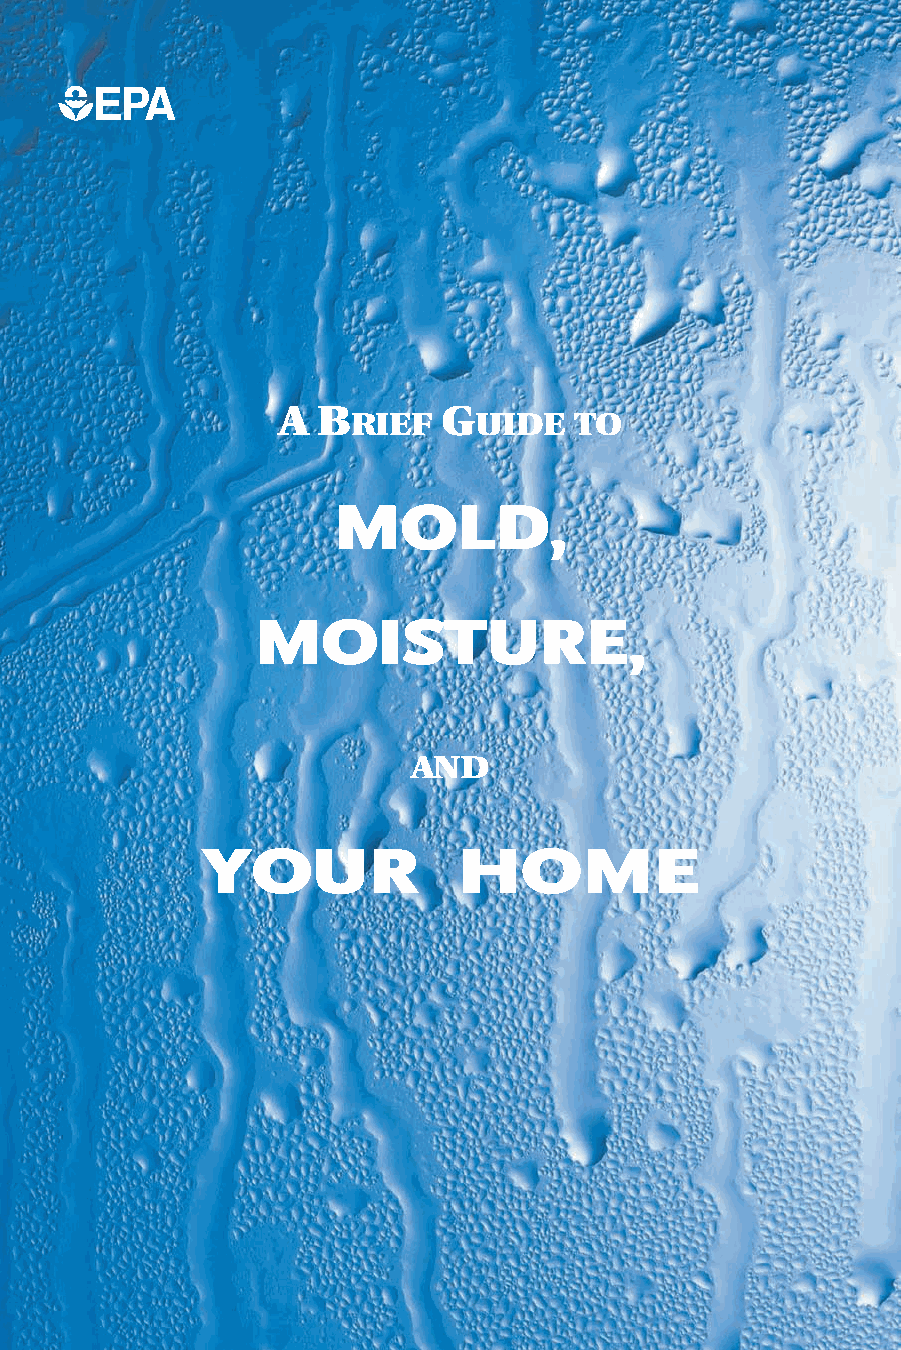
A  B       G
 RIEF    UIDE   TO
 MOLD,
 MOISTURE,
 AND
 YOUR             HOME